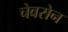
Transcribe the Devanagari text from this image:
चेवरोन